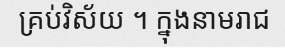
គ្រប់វិស័យ ។ ក្នុងនាមរាជ